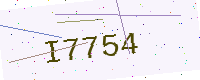
Text: I7754